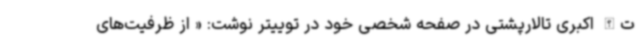
ت‌الله اکبری تالارپشتی در صفحه شخصی خود در توییتر نوشت: « از ظرفیت‌های